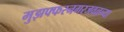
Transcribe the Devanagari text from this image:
मुझफ्फरनगरजवळच्या